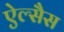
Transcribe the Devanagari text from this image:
ऐल्सैस